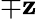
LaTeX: \mp\mathbf{z}